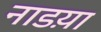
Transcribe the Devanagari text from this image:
नाडय़ा